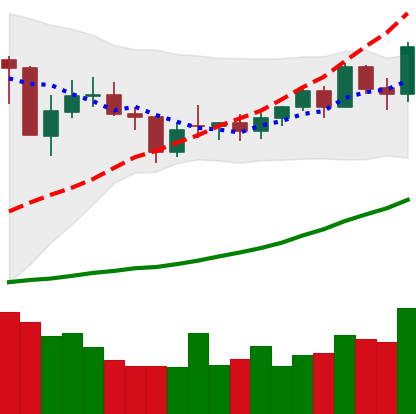
Ticker: NEO-USD
Chart end date: 2021-02-08
Forward return: 54.931%
Label: up_7plus